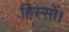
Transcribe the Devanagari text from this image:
हिस्सों।